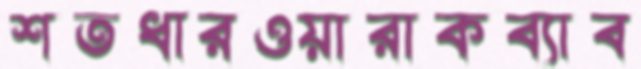
শতধারওয়ারাকব্যাব